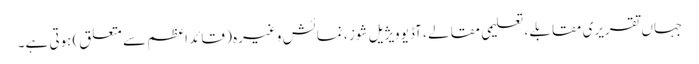
جہاں تقریری مقابلے ، تعلیمی مقالے ، آڈیو ویژیل شوز ، نمائش وغیرہ ( قائد اعظم سے متعلق) ہوتی ہے۔